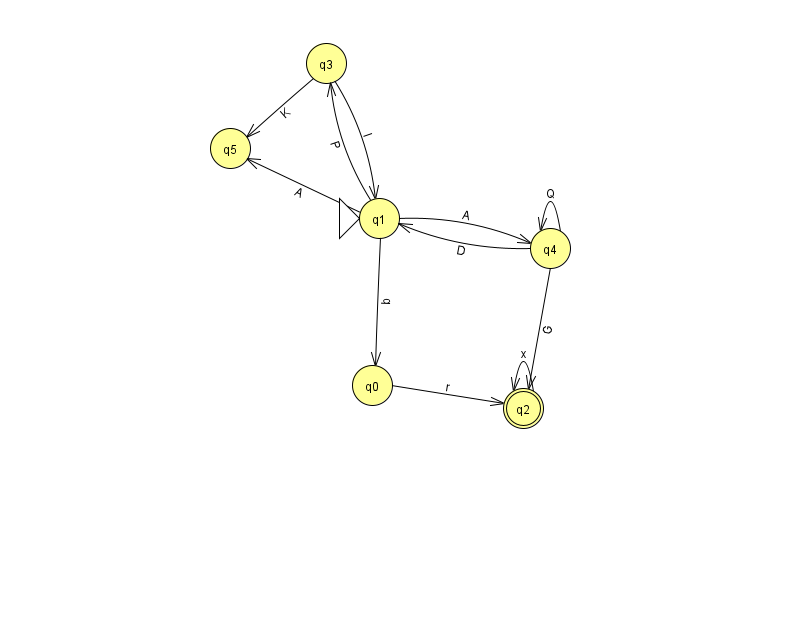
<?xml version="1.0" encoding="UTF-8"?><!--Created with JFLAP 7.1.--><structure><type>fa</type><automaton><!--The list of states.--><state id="0" name="q0"><x>372.0</x><y>372.0</y></state><state id="1" name="q1"><x>379.0</x><y>205.0</y><initial/></state><state id="2" name="q2"><x>523.0</x><y>395.0</y><final/></state><state id="3" name="q3"><x>326.0</x><y>50.0</y></state><state id="4" name="q4"><x>550.0</x><y>235.0</y></state><state id="5" name="q5"><x>230.0</x><y>135.0</y></state><!--The list of transitions.--><transition><from>1</from><to>5</to><read>A</read></transition><transition><from>3</from><to>5</to><read>K</read></transition><transition><from>4</from><to>4</to><read>Q</read></transition><transition><from>1</from><to>0</to><read>b</read></transition><transition><from>0</from><to>2</to><read>r</read></transition><transition><from>3</from><to>1</to><read>l</read></transition><transition><from>2</from><to>2</to><read>x</read></transition><transition><from>1</from><to>3</to><read>P</read></transition><transition><from>4</from><to>1</to><read>D</read></transition><transition><from>4</from><to>2</to><read>G</read></transition><transition><from>1</from><to>4</to><read>A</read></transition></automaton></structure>